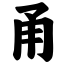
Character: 甬